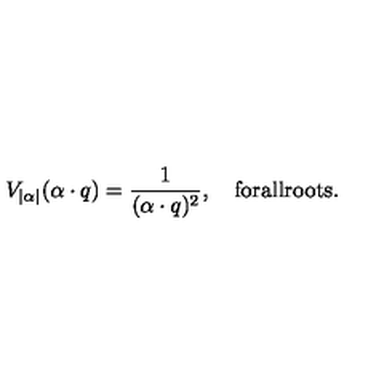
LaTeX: V _ { | \alpha | } ( \alpha \cdot q ) = { \frac { 1 } { ( \alpha \cdot q ) ^ { 2 } } } , \quad \mathrm { f o r a l l r o o t s } .